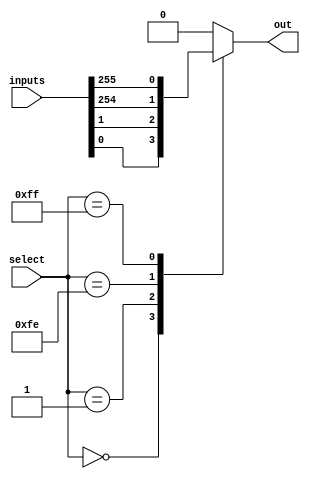
module mux256_1 (
    input [255:0] inputs,
    input [7:0] select,
    output reg out
);

always @(*) begin
    case(select)
        8'b00000000: out = inputs[0];
        8'b00000001: out = inputs[1];
        // add cases for all 256 inputs
        8'b11111110: out = inputs[254];
        8'b11111111: out = inputs[255];
        default: out = 8'b0; // default output in case of invalid select signal
    endcase
end

endmodule